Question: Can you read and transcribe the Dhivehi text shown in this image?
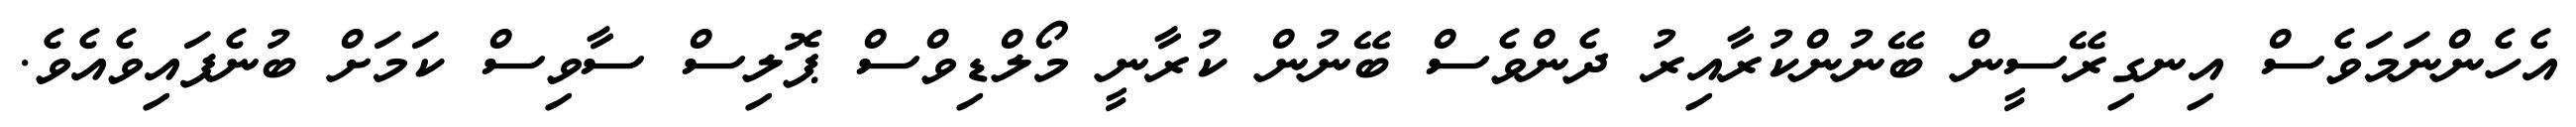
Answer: އެހެންނަމަވެސް އިނގިރޭސީން ބޭނުންކުރާއިރު ދެންވެސް ބޭނުން ކުރާނީ މޯލްޑިވްސް ޕޮލިސް ސާވިސް ކަމަށް ބުނެފައިވެއެވެ.